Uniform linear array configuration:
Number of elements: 4
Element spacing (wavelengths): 1
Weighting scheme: kaiser
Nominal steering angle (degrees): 0
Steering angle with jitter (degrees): -0.386
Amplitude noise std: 0.05
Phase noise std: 0.05

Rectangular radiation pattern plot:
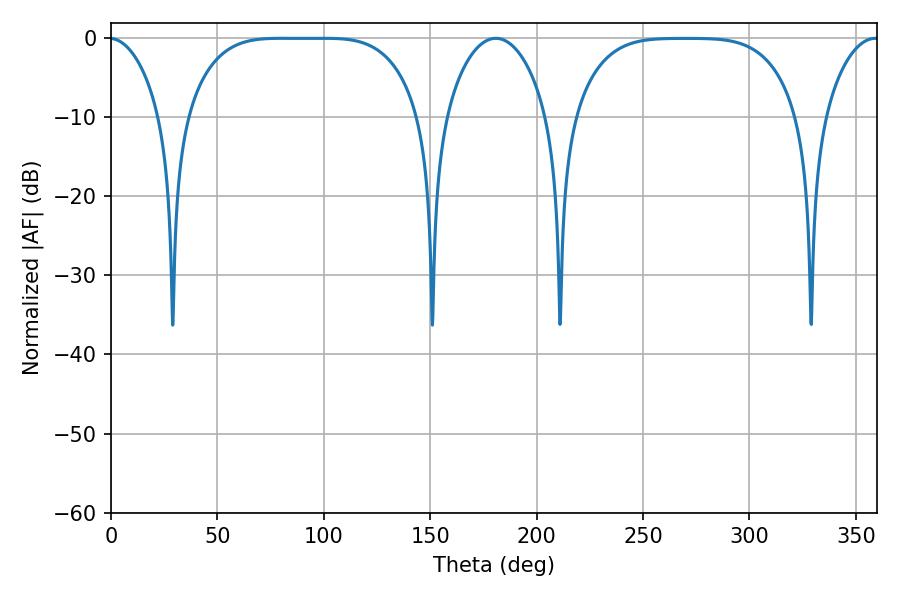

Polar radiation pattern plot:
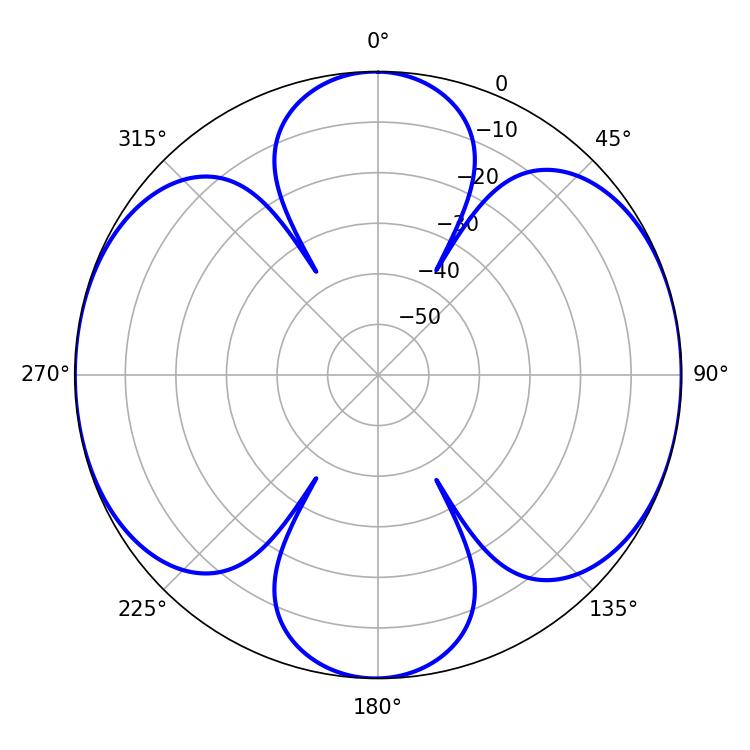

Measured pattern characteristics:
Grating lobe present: TRUE
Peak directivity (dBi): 14.875
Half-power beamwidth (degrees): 82.8
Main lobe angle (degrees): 80.28